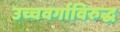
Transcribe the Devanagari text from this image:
उच्चवर्गाविरुद्ध